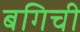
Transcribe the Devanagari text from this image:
बगिची